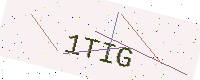
Text: 1TIG